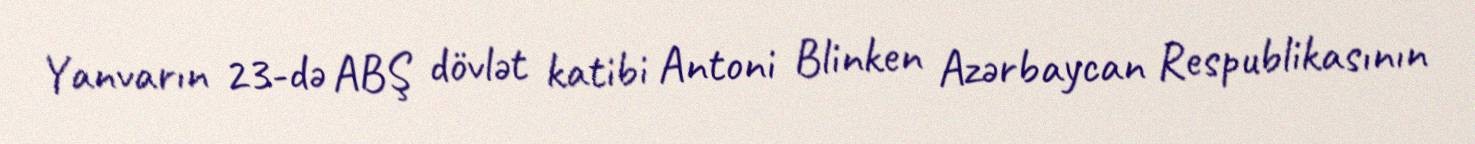
Yanvarın 23-də ABŞ dövlət katibi Antoni Blinken Azərbaycan Respublikasının